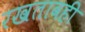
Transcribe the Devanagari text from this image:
रखतावही